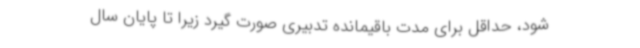
‌شود، حداقل برای مدت باقیمانده تدبیری صورت گیرد زیرا تا پایان سال